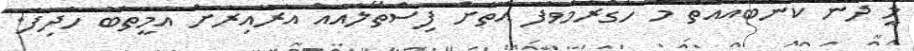
މީ ދެން ކޮންބައެއްތަ މާ ހަގުރާމަވެފަ އަތަށް ފިސްތޯލައެއް އަރާއިރަށް އަމީތާބު ހެދިފަ.